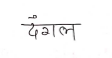
मजकूर: दंगल